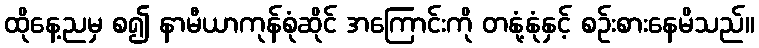
ထိုနေ့ညမှ စ၍ နာမီယာကုန်စုံဆိုင် အကြောင်းကို တနုံ့နုံနှင့် စဉ်းစားနေမိသည်။